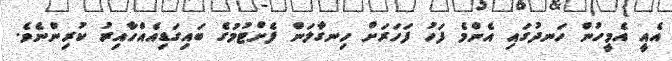
އެއީ އެމީހުން ހަނދުގައި އެންމެ ފަހު ފަހަރަށް ހިނގާލަން ފެށްޓުމުގެ ބައިގަޑިއެއްހާއިރު ކުރިންނެވެ.